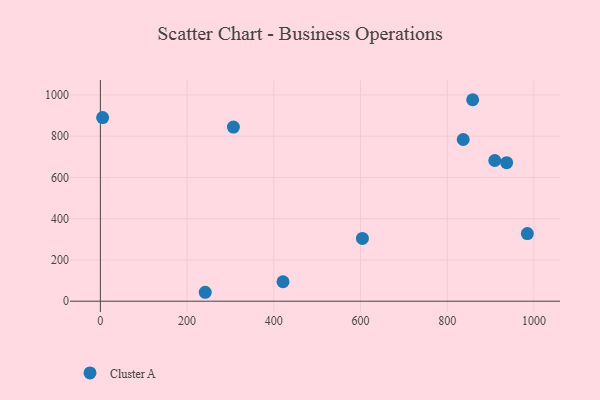
{"axis": {"x": "Experience", "y": "Demand"}, "legend": ["Cluster A"], "data": [{"x": "421.3", "y": 94.3, "type": "Cluster A"}, {"x": "837.0", "y": 783.7, "type": "Cluster A"}, {"x": "937.2", "y": 671.6, "type": "Cluster A"}, {"x": "985.0", "y": 328.0, "type": "Cluster A"}, {"x": "5.2", "y": 890.3, "type": "Cluster A"}, {"x": "858.8", "y": 976.6, "type": "Cluster A"}, {"x": "306.9", "y": 843.8, "type": "Cluster A"}, {"x": "604.5", "y": 304.4, "type": "Cluster A"}, {"x": "909.8", "y": 682.0, "type": "Cluster A"}, {"x": "241.9", "y": 43.3, "type": "Cluster A"}]}